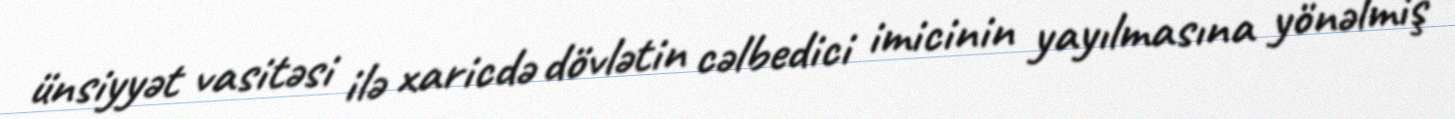
ünsiyyət vasitəsi ilə xaricdə dövlətin cəlbedici imicinin yayılmasına yönəlmiş